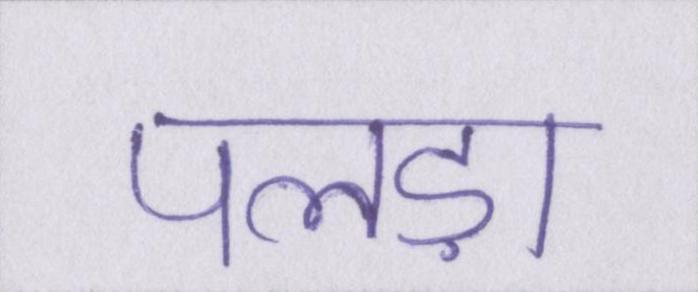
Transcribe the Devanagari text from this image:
पलड़ा